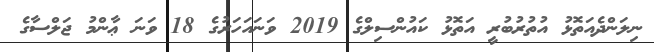
ނިލަންދެއަތޮޅު އުތުރުބުރީ އަތޮޅު ކައުންސިލްގެ 2019 ވަނައަހަރުގެ 18 ވަނަ ޢާންމު ޖަލްސާގެ